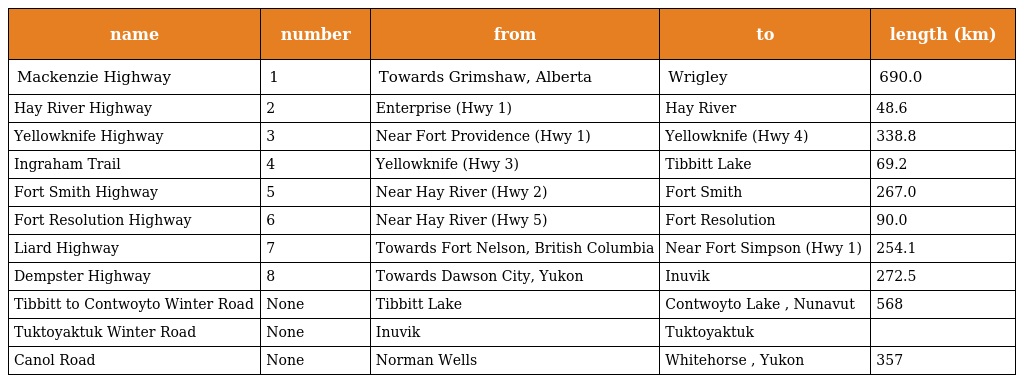
| name | number | from | to | length (km) |
 | --- | --- | --- | --- | --- |
 | Mackenzie Highway | 1 | Towards Grimshaw, Alberta | Wrigley | 690.0 |
 | Hay River Highway | 2 | Enterprise (Hwy 1) | Hay River | 48.6 |
 | Yellowknife Highway | 3 | Near Fort Providence (Hwy 1) | Yellowknife (Hwy 4) | 338.8 |
 | Ingraham Trail | 4 | Yellowknife (Hwy 3) | Tibbitt Lake | 69.2 |
 | Fort Smith Highway | 5 | Near Hay River (Hwy 2) | Fort Smith | 267.0 |
 | Fort Resolution Highway | 6 | Near Hay River (Hwy 5) | Fort Resolution | 90.0 |
 | Liard Highway | 7 | Towards Fort Nelson, British Columbia | Near Fort Simpson (Hwy 1) | 254.1 |
 | Dempster Highway | 8 | Towards Dawson City, Yukon | Inuvik | 272.5 |
 | Tibbitt to Contwoyto Winter Road | None | Tibbitt Lake | Contwoyto Lake , Nunavut | 568 |
 | Tuktoyaktuk Winter Road | None | Inuvik | Tuktoyaktuk |  |
 | Canol Road | None | Norman Wells | Whitehorse , Yukon | 357 |